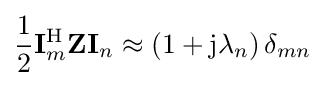
{\frac {1}{2}}\mathbf {I} _{m}^{\mathrm {H} }\mathbf {Z} \mathbf {I} _{n}\approx \left(1+\mathrm {j} \lambda _{n}\right)\delta _{mn}